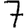
Digit: 7